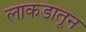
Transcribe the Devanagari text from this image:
लाकडातून